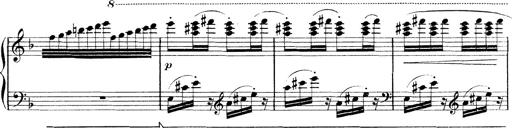
Title: Rapsodie: 19 ungheresi, 1 spagnuola
Composer: Franz Liszt